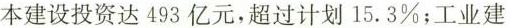
本建设投资达493亿元，超过计划15.3%；工业建